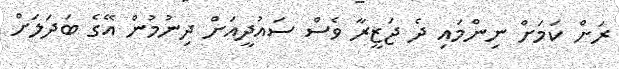
ރަށް ކަމަށް ނިންމައި ދެ ޖަޒީރާ ވެސް ސައުދީއަށް ދިނުމުން އޭގެ ބަދަލަށް